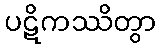
ပဋိကဿိတွာ